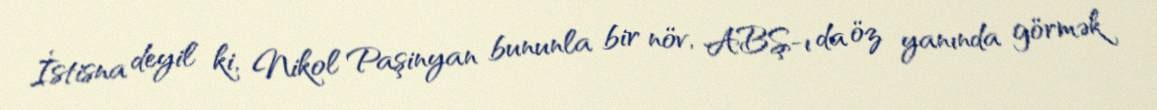
İstisna deyil ki, Nikol Paşinyan bununla bir növ, ABŞ-ı da öz yanında görmək